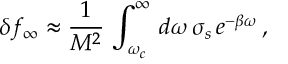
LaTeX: \delta f _ { \infty } \approx \frac { 1 } { M ^ { 2 } } \, \int _ { \omega _ { c } } ^ { \infty } \, d \omega \, \sigma _ { s } \, e ^ { - \beta \omega } \, ,